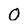
Character: O